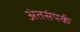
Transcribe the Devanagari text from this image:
अंतसंपर्क